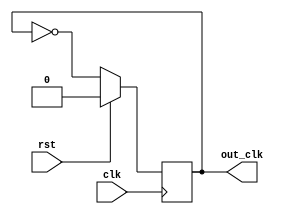
module frequency_divider(clk, rst, out_clk);
  output reg out_clk;
  input clk;
  input rst;
  always @(posedge clk)
    begin
      if (rst) // NOTE: reset when rst = 1
        out_clk <= 1'b0;
      else
        out_clk <= ~out_clk;
    end
endmodule